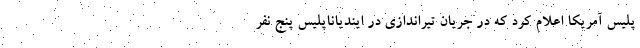
پلیس آمریکا اعلام کرد که در جریان تیراندازی در ایندیاناپلیس پنج نفر